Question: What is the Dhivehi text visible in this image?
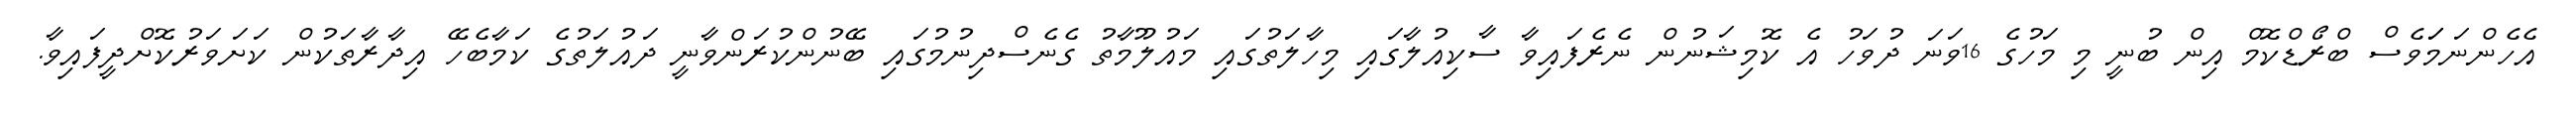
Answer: އެހެންނަމަަވެސް ބްރޯޑްކޮމް އިން ބުނީ މި މަހުގެ 16ވަނަ ދުވަހު އެ ކޮމިޝަނުން ނެރެފައިވާ ސާކިއުލާގައި މިހާލަތުގައި މައުލޫމާތު ގެނެސްދިނުމުގައި ބޭނުންކުރަންވާނީ ދައުލަތުގެ ކަމާބެހޭ އިދާރާތަކުން ކަށަވަރުކޮށްދީފައިވާ.